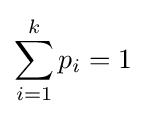
\sum _{i=1}^{k}p_{i}=1